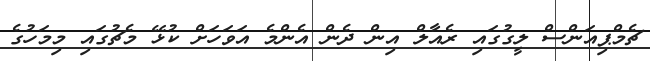
ޗެމްޕިއަންސް ލީގުގައި ރެއާލް އިން ދެން އެންމެ އަވަހަށް ކުޅޭ މެޗުގައި މިމަހުގެ